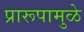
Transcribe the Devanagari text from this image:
प्रारूपामुळे